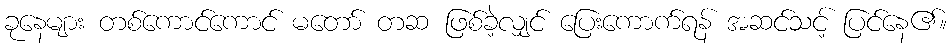
ခုနေများ တစ်ကောင်ကောင် မတော် တဆ ဖြစ်ခဲ့လျှင် ပြေးကောက်ရန် အဆင်သင့် ပြင်နေ၏။